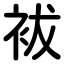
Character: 袚